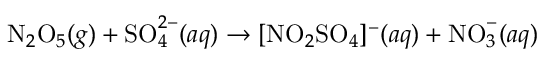
\mathrm { N } _ { 2 } \mathrm { O } _ { 5 } ( g ) + \mathrm { S O } _ { 4 } ^ { 2 - } ( a q ) \rightarrow [ \mathrm { N O } _ { 2 } \mathrm { S O } _ { 4 } ] ^ { - } ( a q ) + \mathrm { N O } _ { 3 } ^ { - } ( a q )